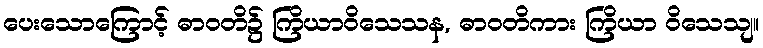
ပေးသောကြောင့် ဓာဝတိ၌ ကြိယာဝိသေသန, ဓာဝတိကား ကြိယာ ဝိသေသျ။